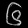
Digit: ၆